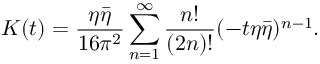
K ( t ) = \frac { \eta \bar { \eta } } { 1 6 \pi ^ { 2 } } \sum _ { n = 1 } ^ { \infty } \frac { n ! } { ( 2 n ) ! } ( - t \eta \bar { \eta } ) ^ { n - 1 } .